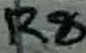
Text: R8